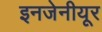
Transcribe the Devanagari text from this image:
इनजेनीयूर